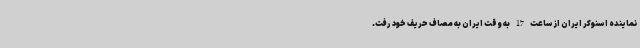
نماینده اسنوکر ایران از ساعت 17 به وقت ایران به مصاف حریف خود رفت.